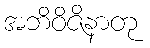
အဘိဝိဇိနာတု